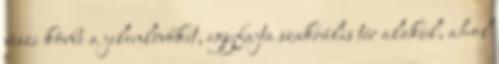
veszi körbe a jelenlévőket, egyfajta szakrális tér alakul, ahol